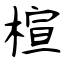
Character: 楦